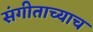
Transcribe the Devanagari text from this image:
संगीताच्याच